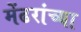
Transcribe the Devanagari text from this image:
मेंढरांच्या